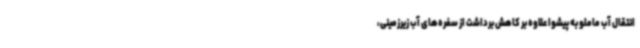
انتقال آب ماملو به پیشوا علاوه بر کاهش برداشت از سفره‌های آب زیرزمینی،